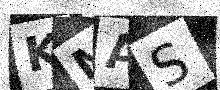
Text: KMAS